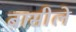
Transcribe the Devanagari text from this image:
बासीले